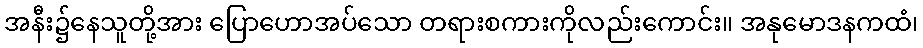
အနီး၌နေသူတို့အား ပြောဟောအပ်သော တရားစကားကိုလည်းကောင်း။ အနုမောဒနကထံ၊